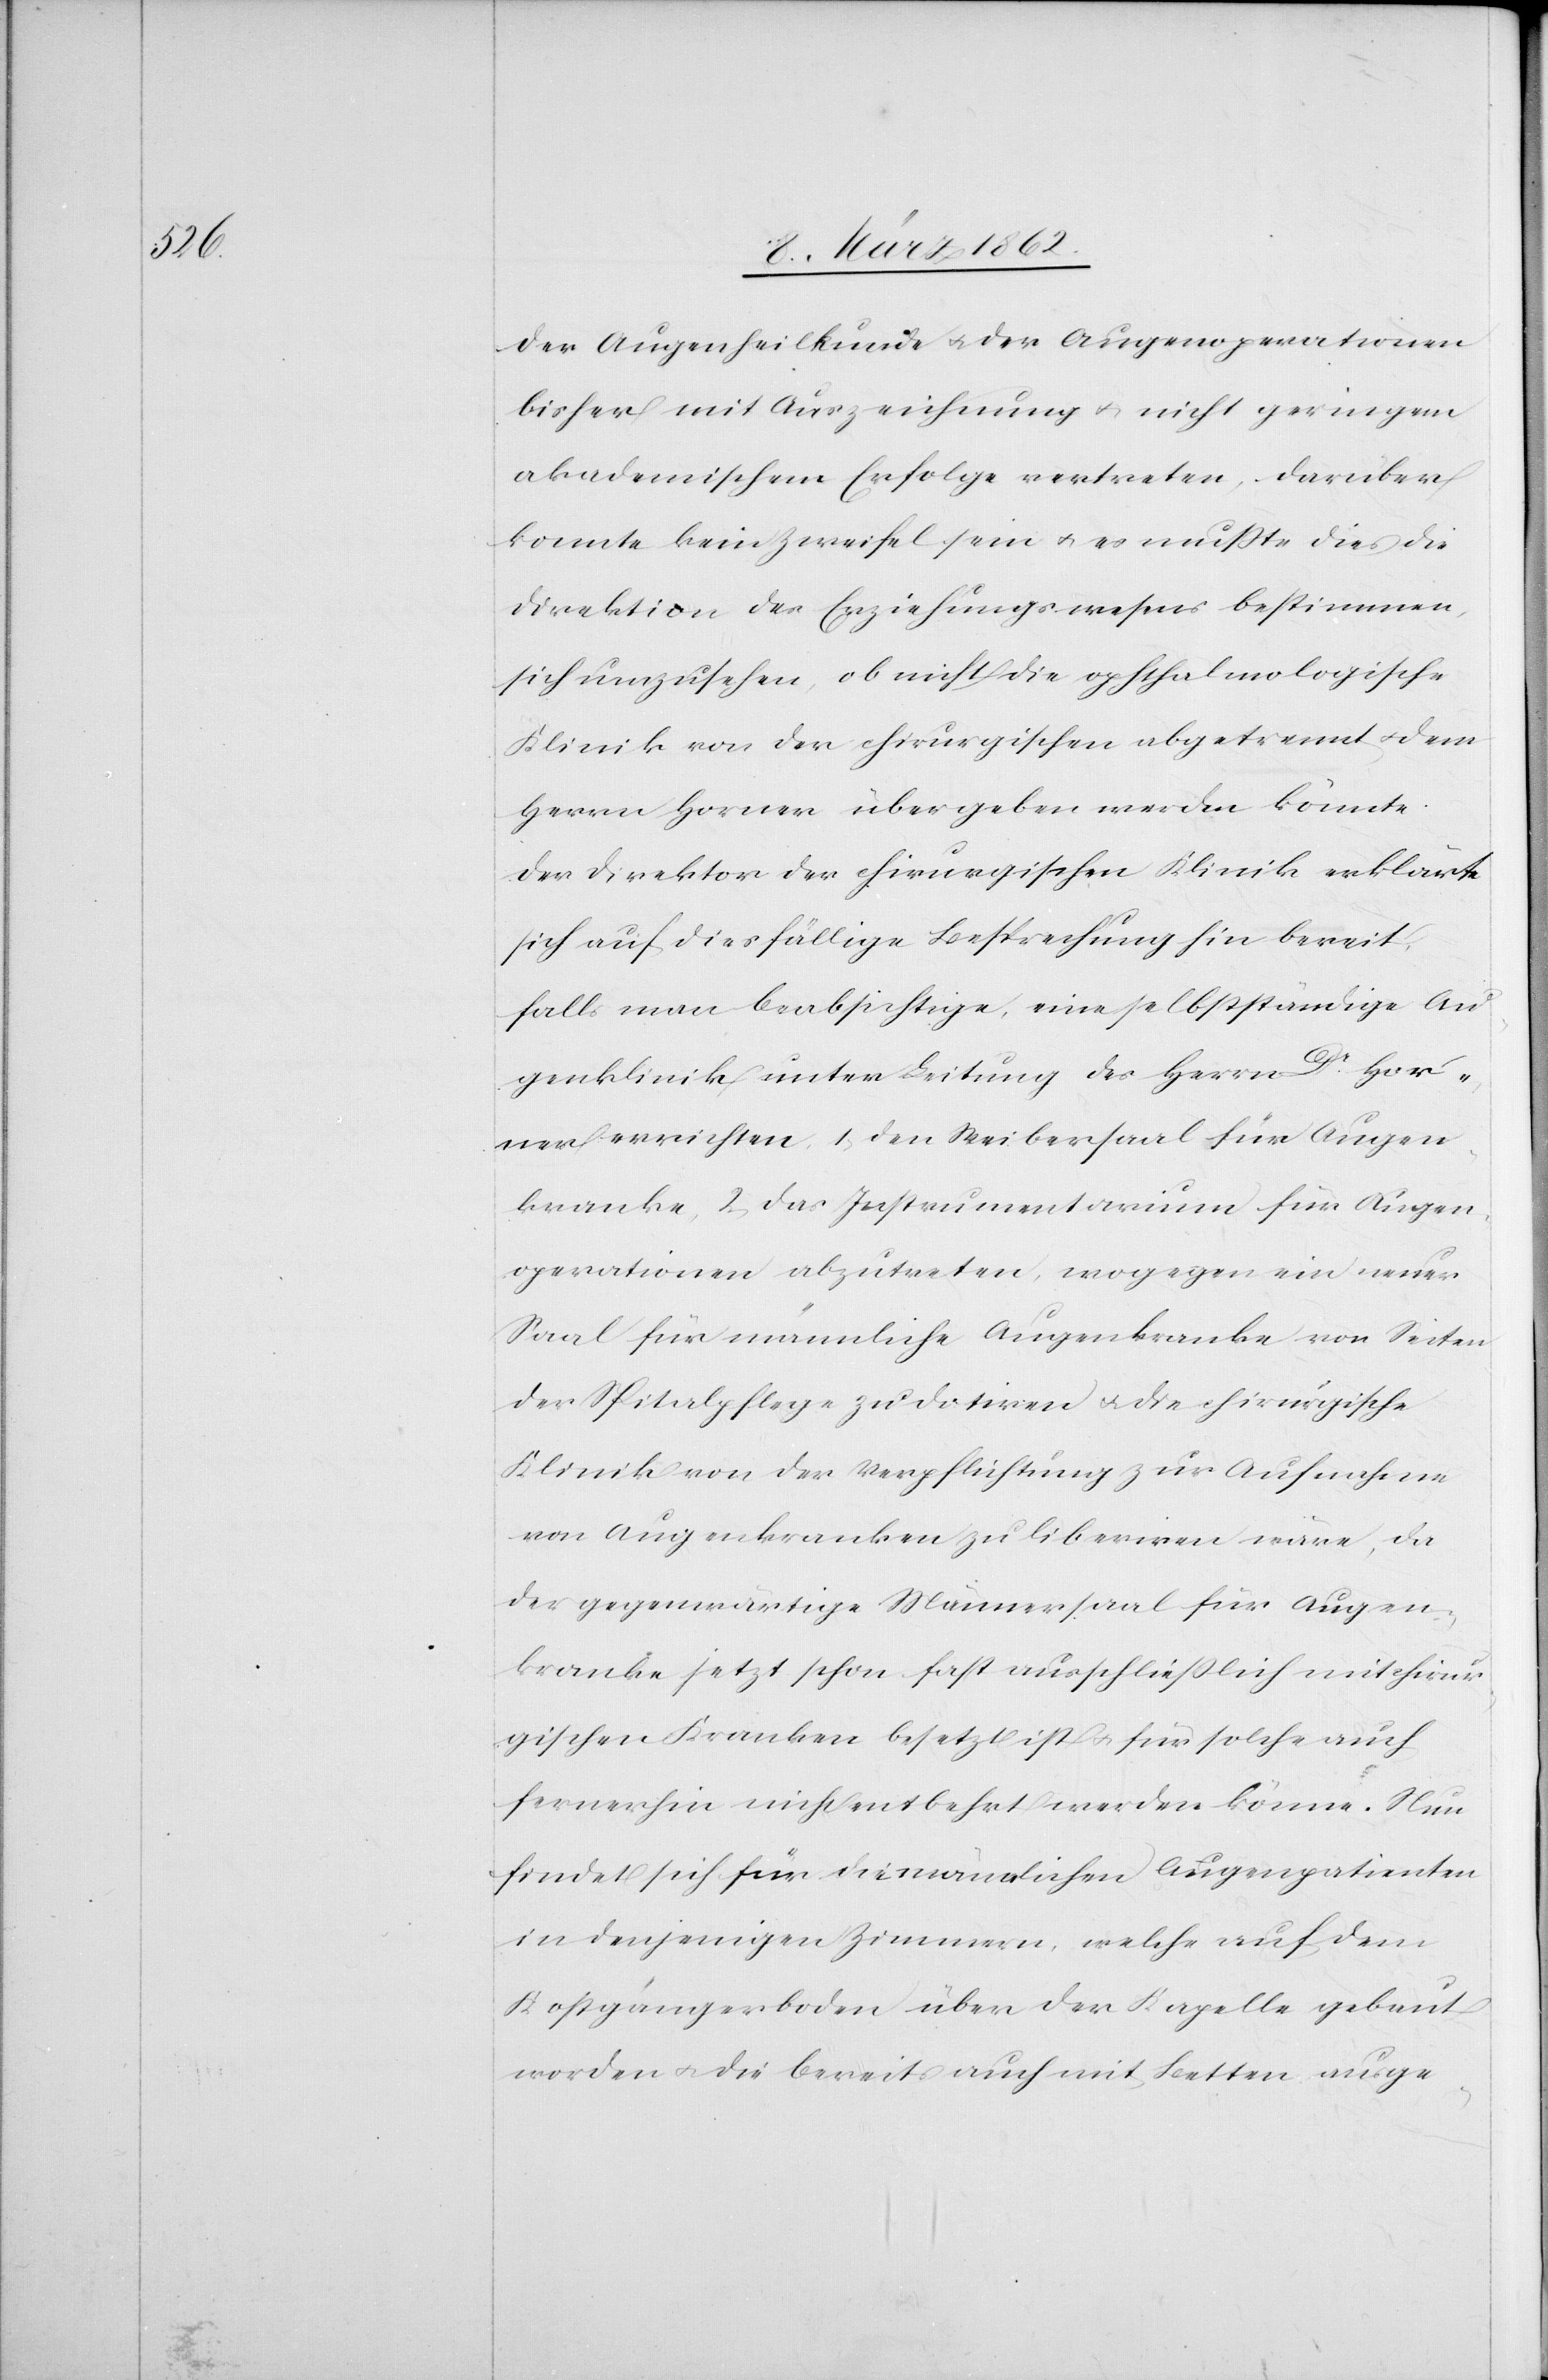
der Augenheilkunde u. der Augenoperationen
bisher mit Auszeichnung u. nicht geringem
akademischem Erfolge vertreten, darüber
konnte kein Zweifel sein u. es mußte dies die
Direktion des Erziehungswesens bestimmen,
sich umzusehen, ob nicht die ophtalmologische
Klinik von der chirurgischen abgetrennt u. dem
Herrn Horner übergeben werden könnte.
Der Direktor der chirurgischen Klinik erklärte
sich auf diesfällige Besprechung hin bereit,
falls man beabsichtige, eine selbstständige Au¬
genklinik unter Leitung des Herrn Dr. Hor¬
ner errichten, 1) den Weibersaal für Augen¬
kranke, 2) das Instrumentarium für Augen¬
operationen abzutreten, wogegen ein neuer
Saal für männliche Augenkranke von Seiten
der Spitalpflege zu dotiren u. die chirurgische
Klinik von der Verpflichtung zur Aufnahme
von Augenkranken zu liberiren wäre, da
der gegenwärtige Männersaal für Augen¬
kranke jetzt schon fast ausschließlich mit chirur¬
gischen Kranken besetzt ist u. für solche auch
fernerhin nicht entbehrt werden könne. Nun
findet sich für die männlichen Augenpatienten
in denjenigen Zimmern, welche auf dem
Kostgängerboden über der Kapelle gebaut
worden u. die bereits auch mit Betten ausge-